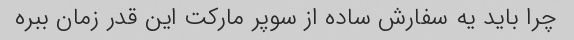
چرا باید یه سفارش ساده از سوپر مارکت این قدر زمان ببره